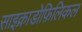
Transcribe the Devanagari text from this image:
साइक्राडोफ़िलिकल